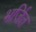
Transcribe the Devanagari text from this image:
भर्जित